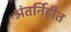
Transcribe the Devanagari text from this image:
अंतर्निहीत